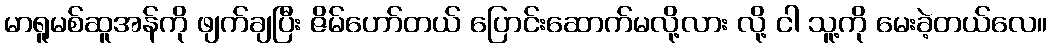
မာရူမစ်ဆူအန်ကို ဖျက်ချပြီး ဇိမ်ဟော်တယ် ပြောင်းဆောက်မလို့လား လို့ ငါ သူ့ကို မေးခဲ့တယ်လေ။